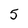
Character: 5